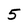
Character: 5